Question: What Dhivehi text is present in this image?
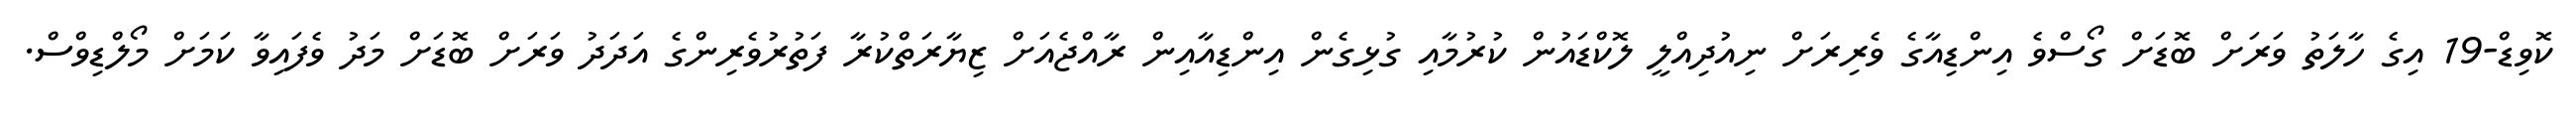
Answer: ކޮވިޑް-19 އިގެ ހާލަތު ވަރަށް ބޮޑަށް ގޯސްވެ އިންޑިއާގެ ވެރިރަށް ނިއުދިއްލީ ލޮކްޑައުން ކުރުމާއި ގުޅިގެން އިންޑިއާއިން ރާއްޖެއަށް ޒިޔާރަތްކުރާ ފަތުރުވެރިންގެ އަދަދު ވަރަށް ބޮޑަށް މަދު ވެފައިވާ ކަމަށް މޯލްޑިވްސް.